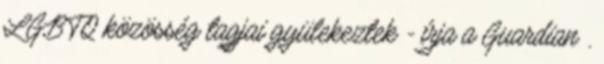
LGBTQ közösség tagjai gyülekeztek - írja a Guardian .